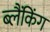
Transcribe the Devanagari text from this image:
ब्लैंकिंग